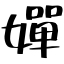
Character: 嬋